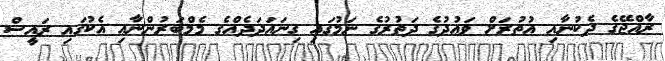
ރާއްޖޭގެ ދެކުނާއި އުތުރަށް ވަޢުދުގެ ދަތުރުގެ ނަމުގައި ގިނައަދަދެއްގެ މެމްބަރުންނާޢި އެކުގައި ރައީސް